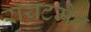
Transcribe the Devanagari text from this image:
रॉयटमैन